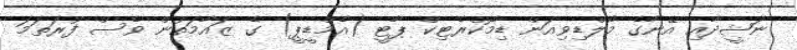
ނަޝީދާއި އޭނާގެ މޯލްޑިވިއަން ޑިމޮކްރެޓިކް ޕާޓީ (އެމްޑީޕީ) ގެ ޒައާމަތުން ވެސް ފުރަތަމަ